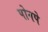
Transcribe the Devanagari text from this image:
पोनपे